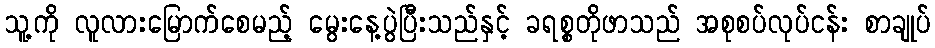
သူ့ကို လူလားမြောက်စေမည့် မွေးနေ့ပွဲပြီးသည်နှင့် ခရစ္စတိုဖာသည် အစုစပ်လုပ်ငန်း စာချုပ်